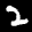
Label: 2